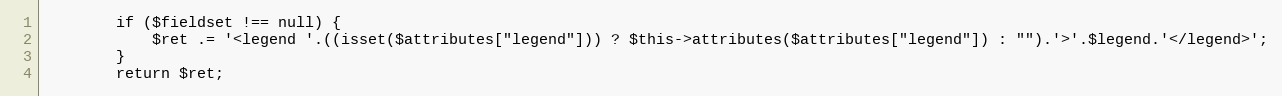
Language: PHP
        if ($fieldset !== null) {
            $ret .= '<legend '.((isset($attributes["legend"])) ? $this->attributes($attributes["legend"]) : "").'>'.$legend.'</legend>';
        }
        return $ret;